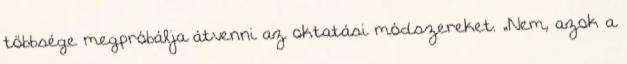
többsége megpróbálja átvenni az oktatási módszereket. „Nem, azok a